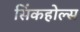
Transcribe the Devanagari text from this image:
सिंकहोल्स